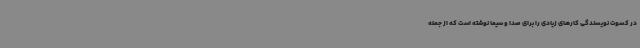
در کسوت نویسندگی کارهای زیادی را برای صدا و سیما نوشته است که از جمله